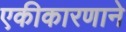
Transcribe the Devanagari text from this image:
एकीकारणाने